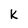
Character: k